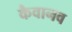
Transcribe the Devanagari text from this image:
कैवानव